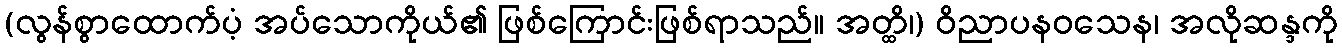
(လွန်စွာထောက်ပံ့ အပ်သောကိုယ်၏ ဖြစ်ကြောင်းဖြစ်ရာသည်။ အတ္ထိ၊) ဝိညာပနဝသေန၊ အလိုဆန္ဒကို